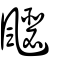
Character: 飋